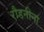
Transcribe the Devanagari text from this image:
रौडनीना